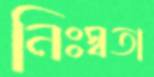
নিঃস্বতা